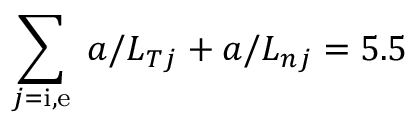
\sum _ { j = \mathrm { i , e } } \; a / L _ { T j } + a / L _ { n j } = 5 . 5